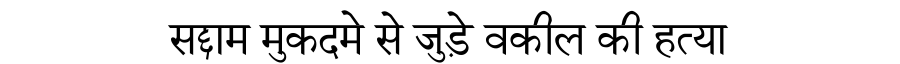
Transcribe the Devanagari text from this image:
सद्दाम मुकदमे से जुड़े वकील की हत्या